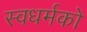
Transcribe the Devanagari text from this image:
स्‍वधर्मको